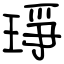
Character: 琤